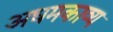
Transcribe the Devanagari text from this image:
अधमकाव्य